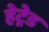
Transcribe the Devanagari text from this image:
हेट्रेड